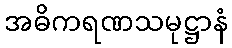
အဓိကရဏသမုဋ္ဌာနံ